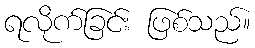
ရလိုက်ခြင်း ဖြစ်သည်။